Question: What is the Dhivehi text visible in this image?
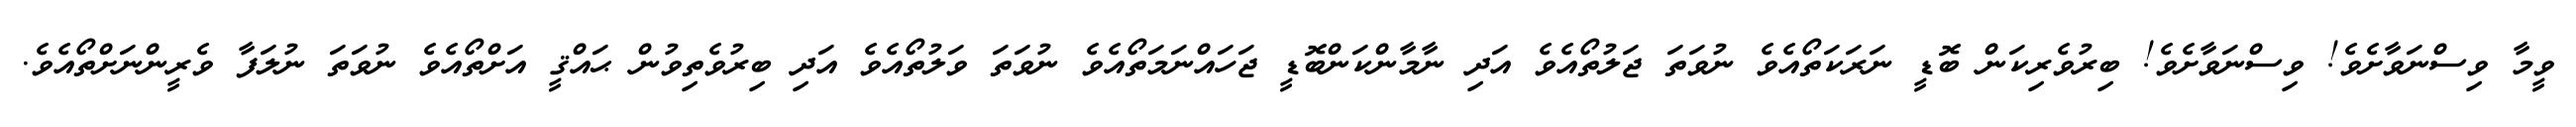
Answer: ވީމާ ވިސްނަވާށެވެ! ވިސްނަވާށެވެ! ބިރުވެރިކަން ބޮޑީ ނަރަކަތޯއެވެ ނުވަތަ ޖަލުތޯއެވެ އަދި ނާމާންކަންބޮޑީ ޖަހައްނަމަތޯއެވެ ނުވަތަ ވަލުތޯއެވެ އަދި ބިރުވެތިވުން ޙައްޤީ އަށްތޯއެވެ ނުވަތަ ނުލަފާ ވެރީންނަށްތޯއެވެ.